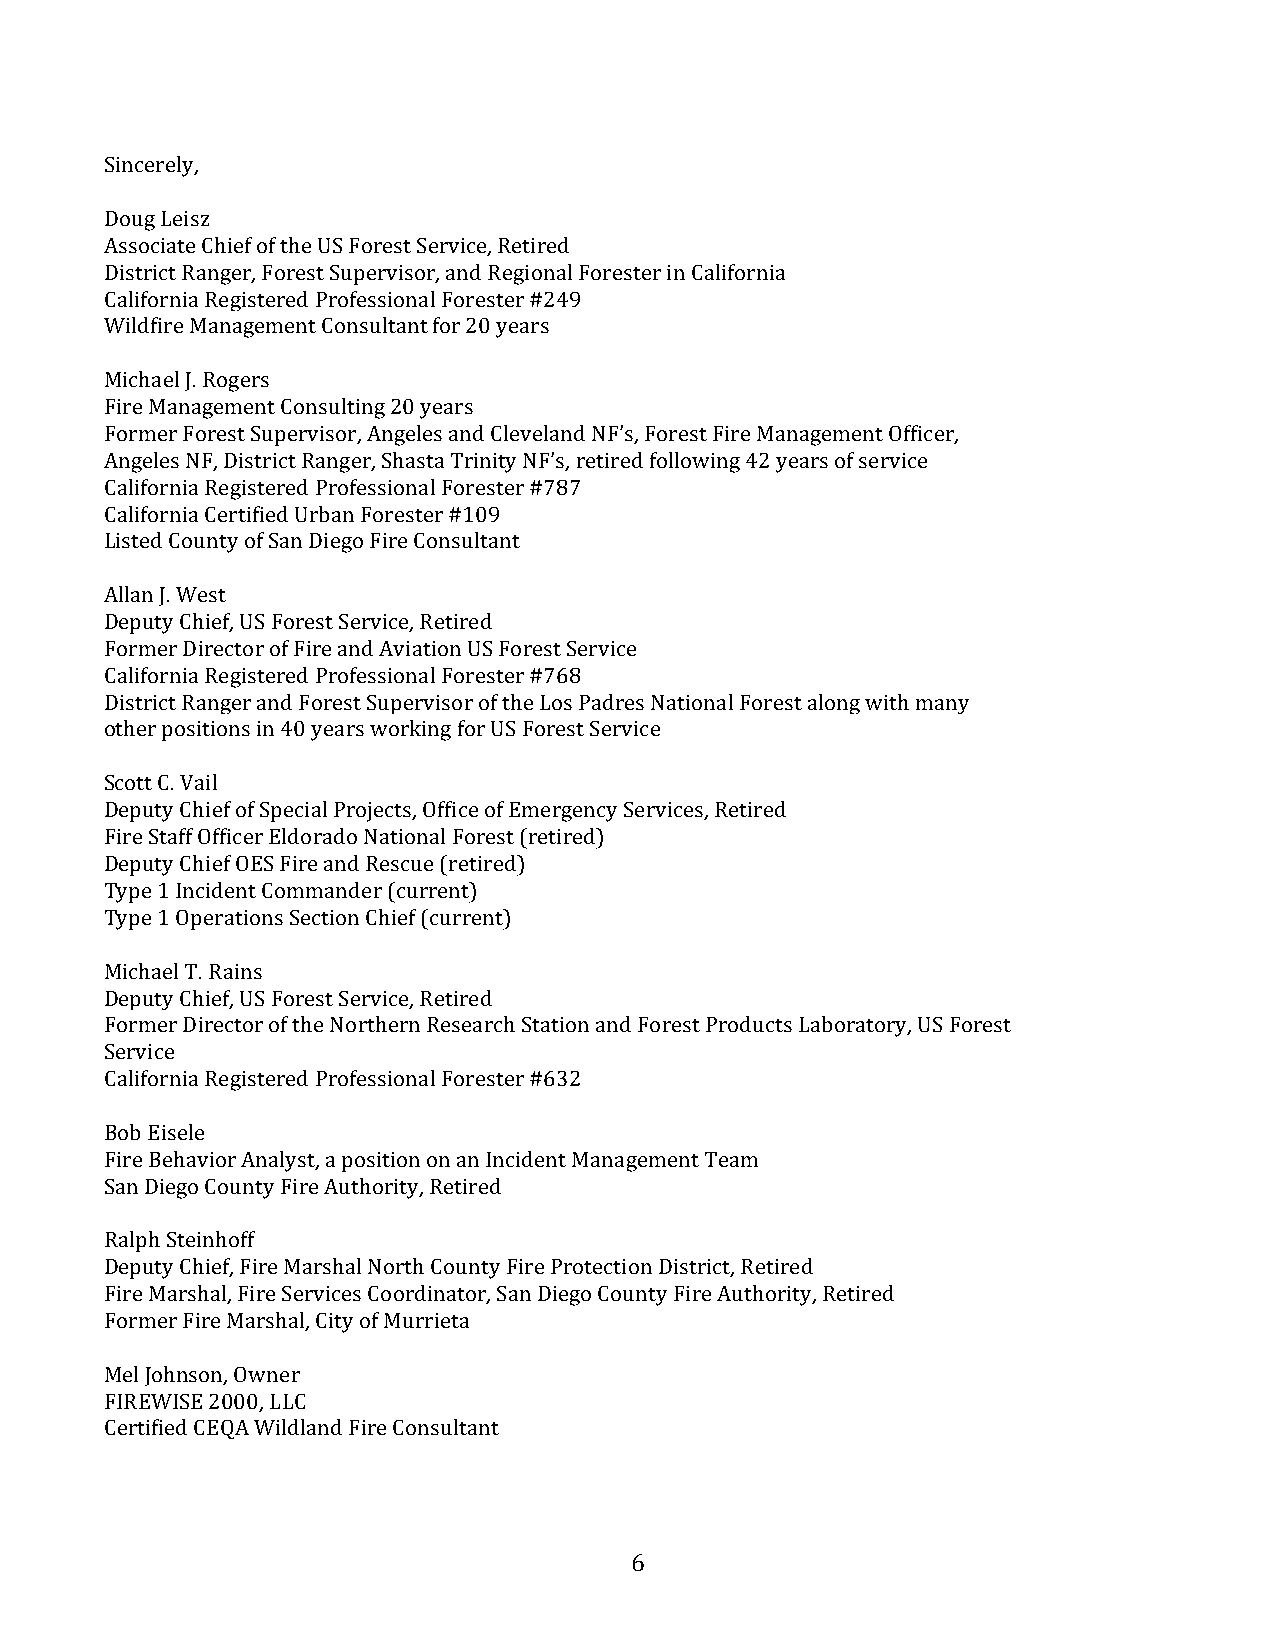
Sincerely,
 Doug Leisz
 Associate Chief of the US Forest Service, Retired
 District Ranger, Forest Supervisor, and Regional Forester in California
 California Registered Professional Forester #249
 Wildfire Management Consultant for 20 years
 Michael J. Rogers
 Fire Management Consulting 20 years
 Former Forest Supervisor, Angeles and Cleveland NF’s, Forest Fire Management Officer,
 Angeles NF, District Ranger, Shasta Trinity NF’s, retired following 42 years of service
 California Registered Professional Forester #787
 California Certified Urban Forester #109
 Listed County of San Diego Fire Consultant
 Allan J. West
 Deputy Chief, US Forest Service, Retired
 Former Director of Fire and Aviation US Forest Service
 California Registered Professional Forester #768
 District Ranger and Forest Supervisor of the Los Padres National Forest along with many
 other positions in 40 years working for US Forest Service
 Scott C. Vail
 Deputy Chief of Special Projects, Office of Emergency Services, Retired
 Fire Staff Officer Eldorado National Forest (retired)
 Deputy Chief OES Fire and Rescue (retired)
 Type 1 Incident Commander (current)
 Type 1 Operations Section Chief (current)
 Michael T. Rains
 Deputy Chief, US Forest Service, Retired
 Former Director of the Northern Research Station and Forest Products Laboratory, US Forest
 Service
 California Registered Professional Forester #632
 Bob Eisele
 Fire Behavior Analyst, a position on an Incident Management Team
 San Diego County Fire Authority, Retired
 Ralph Steinhoff
 Deputy Chief, Fire Marshal North County Fire Protection District, Retired
 Fire Marshal, Fire Services Coordinator, San Diego County Fire Authority, Retired
 Former Fire Marshal, City of Murrieta
 Mel Johnson, Owner
 FIREWISE 2000, LLC
 Certified CEQA Wildland Fire Consultant
 6